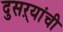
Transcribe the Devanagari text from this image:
दुसऱ्यांची